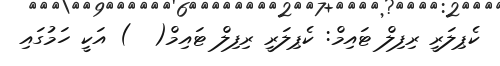
ކެޕިލަރީ ރިފިލް ޓައިމް: ކެޕިލަރީ ރިފިލް ޓައިމް(  ) އަކީ ހަމުގައި